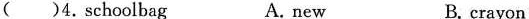
( )4.schoolbag A. new B. crayon